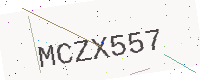
Text: MCZX557